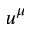
u ^ { \mu }